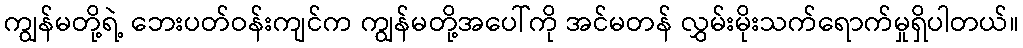
ကျွန်မတို့ရဲ့ ဘေးပတ်ဝန်းကျင်က ကျွန်မတို့အပေါ်ကို အင်မတန် လွှမ်းမိုးသက်ရောက်မှုရှိပါတယ်။